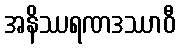
အနိဿရဏဒဿာဝီ